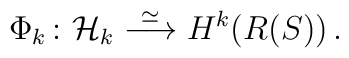
\Phi_k\,\colon\,{\cal H\/}_k\stackrel{\simeq}{\longrightarrow}H^k(R(S))\,.